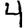
Digit: 4